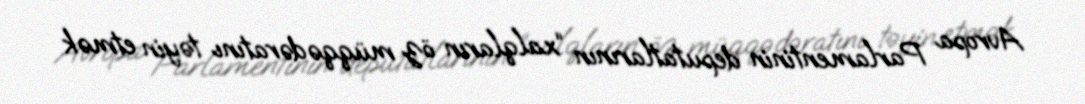
Avropa Parlamentinin deputatlarının “xalqların öz müqqədəratını təyin etmək